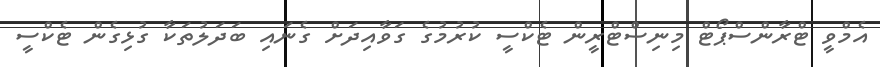
އެމްވީ ޓްރާންސްޕޯޓް މިނިސްޓްރީން ޓެކްސީ ކުރުމުގެ ގަވާއިދަށް ގެނައި ބަދަލުތަކާ ގުޅިގެން ޓެކްސީ